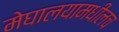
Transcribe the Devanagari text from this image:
मेघालयामधीलच